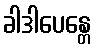
ခါဒါပေန္တေ